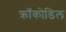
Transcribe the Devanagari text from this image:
क्रॉकोडिल